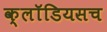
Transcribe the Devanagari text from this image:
क्लॉडियसच